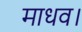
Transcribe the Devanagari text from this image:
माधव।